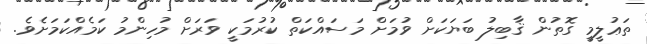
ތަޢުލީމީ ގޮތުން ޤާބިލު ބަޔަކަށް ވުމަށް މަސައްކަތް ކުރުމަކީ ވަރަށް މުހިންމު ކަމެއްކަމަށެވެ.